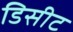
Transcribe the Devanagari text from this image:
डिसीट